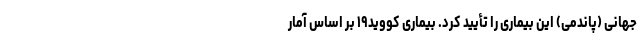
جهانی (پاندمی) این بیماری را تأیید کرد. بیماری کووید۱۹ بر اساس آمار